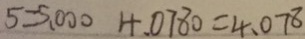
5 = 5 . 0 0 0 4 . 0 7 8 0 = 4 . 0 7 8